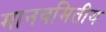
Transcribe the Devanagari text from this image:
मानवमितीय